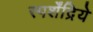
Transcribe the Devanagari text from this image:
स्पर्शेंद्रिये